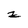
Character: z